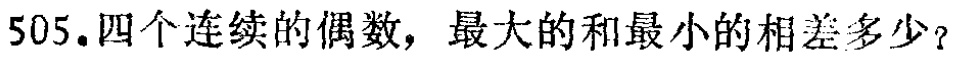
505.四个连续的偶数，最大的和最小的相差多少？